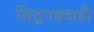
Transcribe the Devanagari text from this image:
सिद्धगडवाडी